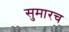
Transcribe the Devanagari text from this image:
सुमारच